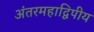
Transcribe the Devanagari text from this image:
अंतरमहाद्विपीय